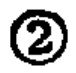
\textcircled{2}